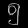
Digit: ၅